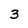
Character: 3